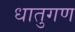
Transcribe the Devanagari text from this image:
धातुगण